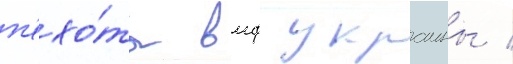
п'ехо́ты вмф украины /